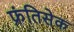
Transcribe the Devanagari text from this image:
फ्रंतिसेक